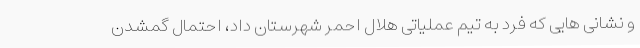
و نشانی هایی که فرد به تیم عملیاتی هلال احمر شهرستان داد، احتمال گمشدن